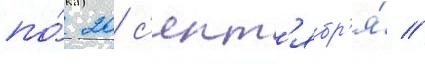
по́ 20 с'ент'ябр'я́ //